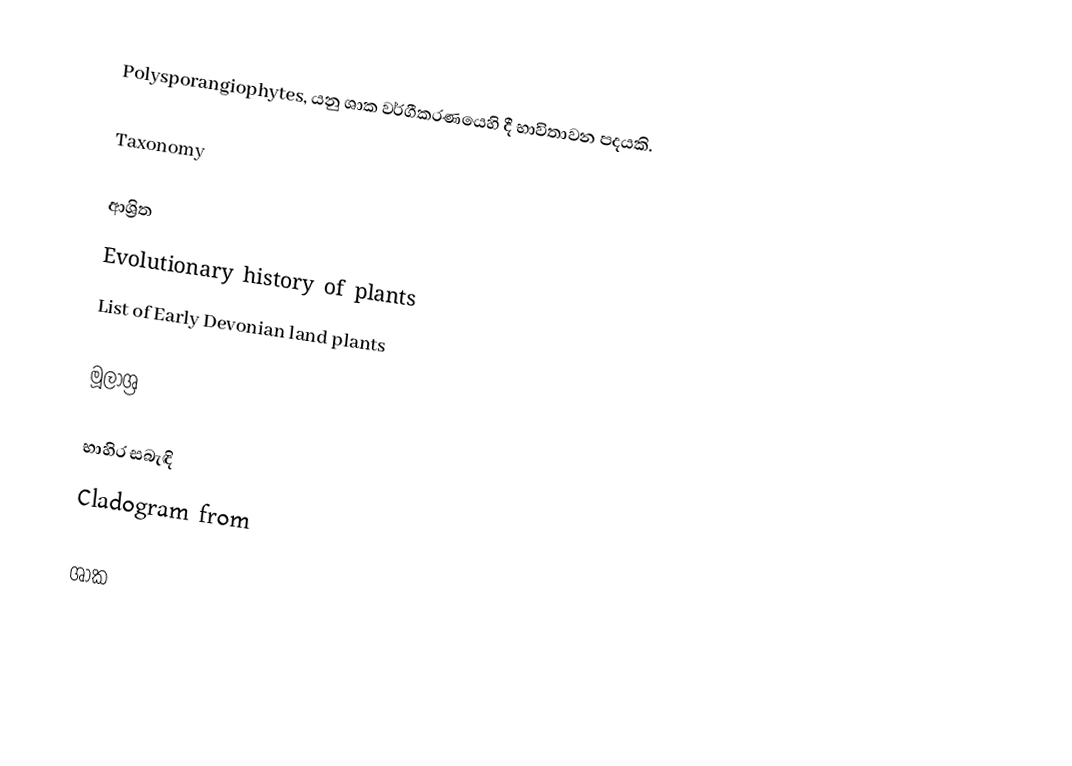
Polysporangiophytes, යනු ශාක වර්ගීකරණයෙහි දී භාවිතාවන පදයකි.

Taxonomy

ආශ්‍රිත
 Evolutionary history of plants
 List of Early Devonian land plants

මූලාශ්‍ර

භාහිර සබැඳි
 Cladogram from

ශාක